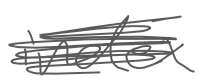
Text: index
Cross-out: scratch
Writing tool: digital_gray